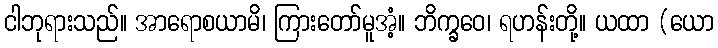
ငါဘုရားသည်။ အာရောစယာမိ၊ ကြားတော်မူအံ့။ ဘိက္ခဝေ၊ ရဟန်းတို့။ ယထာ (ယော